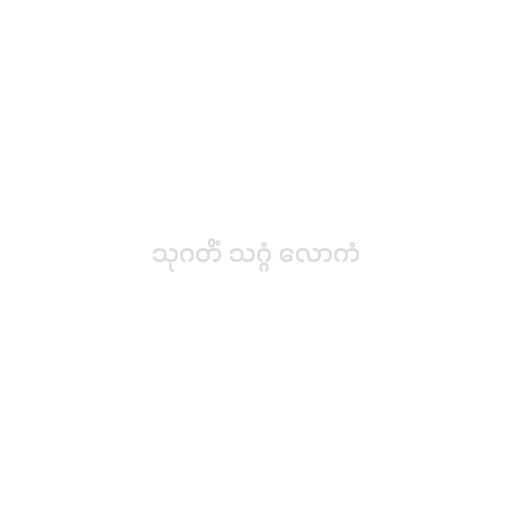
သုဂတိံ သဂ္ဂံ လောကံ